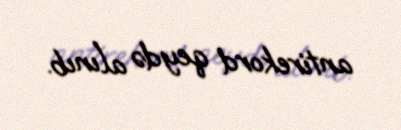
antirekord qeydə alınıb.